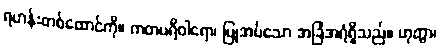
ရဟန်းတစ်ထောင်ကို။ ကတပရိဝါရော၊ ပြုအပ်သော အခြံအရံရှိသည်။ ဟုတွာ၊